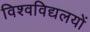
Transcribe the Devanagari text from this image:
विश्वविद्यलयों